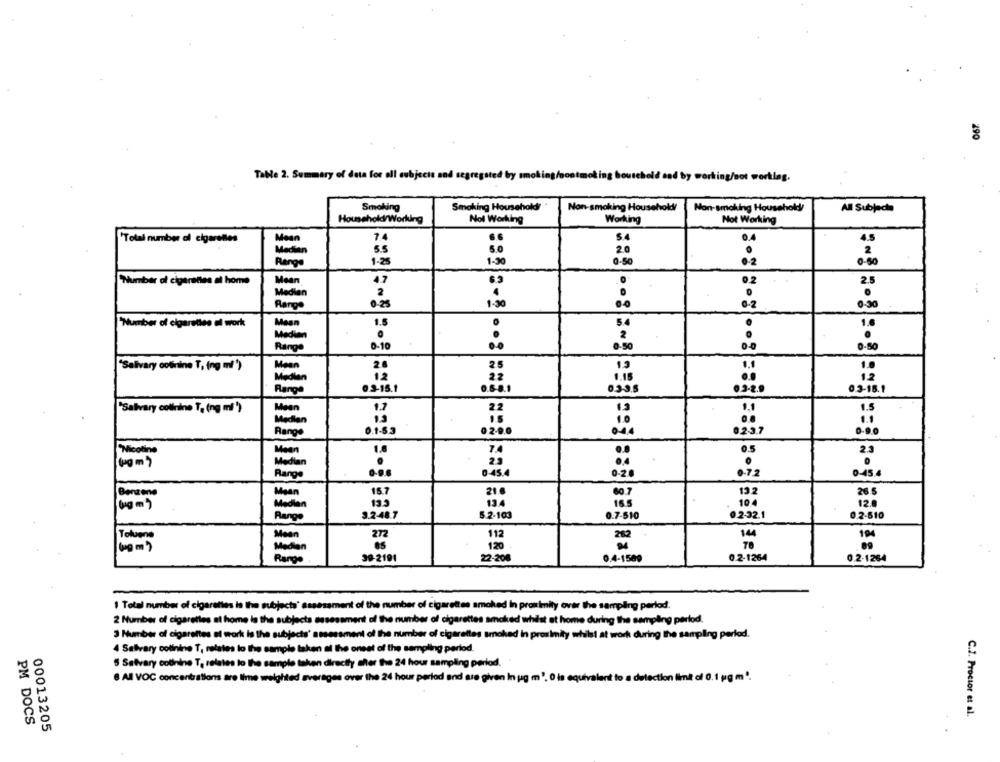
290
Table 2. Summary of data for all subjects and segregated by
smoking/o
Id end by working/not working.
Smoking
Smoking Household/
Non-smoking Household/
Non-smoking Household
All Subjects
Household/Working
Not Working
Working
Not Working
Mean
SA
Total number al cigarettes
4.5
Machen
5.5
5.0
2.0
.
1-30
2
Range
1.25
0.2
0.50
Number of cigarettes al home
Mean
4.7
62
0.2
Medien
Range
0.25
1.50
0-2
0.30
Maan
"Number of cigarettes al work
1.5
54
.
Median
2
Range
8-10
...
0.50
0.50
Mean
2.5
13
"Salivary cofirine T, ing ml ')
Median
12
22
1.15
03-15.1
0.60.
6355
0.3-15.1
Range
"Salivary colinine T, (ng ml *)
Mean
1.2
2.2
1.5
Medien
Range
0.1-63
0 2-9.0
023.7
....
Mean
7.4
0.5
...
2.3
00 m )
Median
23
0-45.4
0.20
0.72
0-454
Range
Benzene
Maan
15.7
21 6
60.7
13.2
26.5
133
134
16.5
10 4
(gm )
Medion
Range
3.2-48.7
5.2-103
0.7-510
0.2-32.1
0.2-510
112
282
14
Mean
272
194
Median
120
78
0.2-1264
0.2-1264
Range
39-2191
22-208
0.4-1589
1 Total number of cigarettes is the subjects' assessment of the number of cigarettes smoked in proximity over the sampling period.
2 Number of cigarettes at home la the subjects assessment of the number of cigarettes smoked whilst at home during the sampling period.
3 Number of cigarettes al work Is the subjects' assessment of the number of cigarettes smoked in proximity whilst at work during the sampling period.
4 Salivary cotinine T, relates to the sample taken al the onset of the sampling period.
5 Satvary colinine T, relates to the sample taken directly sher the 24 hour sampling period.
8 All VOC concentrations are lime weighted averages over the 24 hour period and are given In pg m', 0
to a delec
Selection limit of 0.1 gg m "
.1 pg m .
C.2. Proctor et al.
PM DOCS
00013205